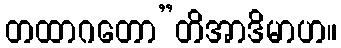
တထာဂတော”တိအာဒိမာဟ။